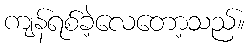
ကျန်ရစ်ခဲ့လေတော့သည်။